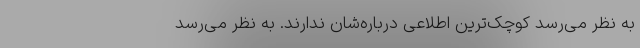
به نظر می‌‌رسد کوچک‌ترین اطلاعی درباره‌شان ندارند. به نظر می‌‌رسد